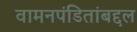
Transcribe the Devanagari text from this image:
वामनपंडितांबद्दल